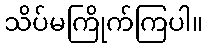
သိပ်မကြိုက်ကြပါ။